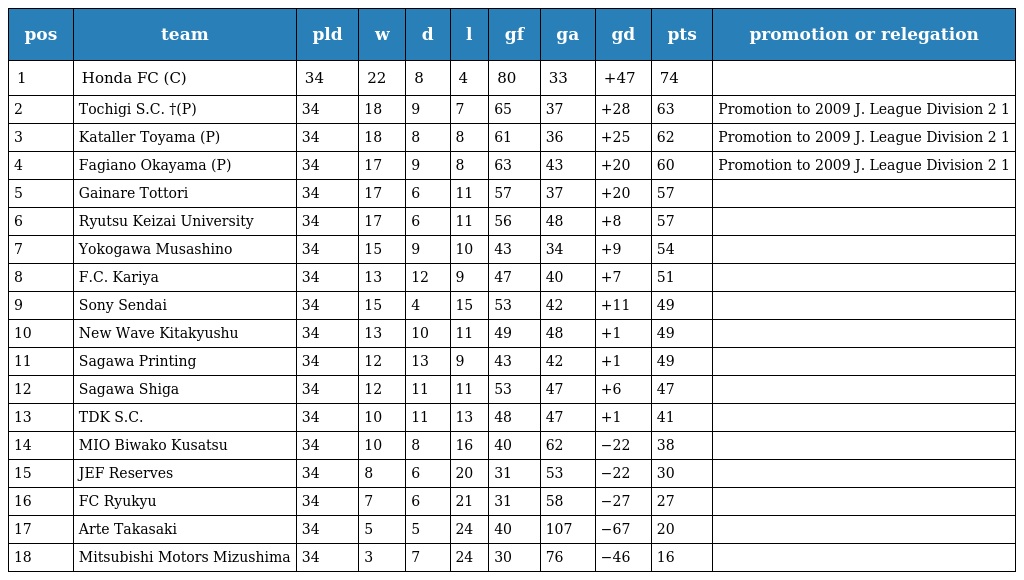
| pos | team | pld | w | d | l | gf | ga | gd | pts | promotion or relegation |
 | --- | --- | --- | --- | --- | --- | --- | --- | --- | --- | --- |
 | 1 | Honda FC (C) | 34 | 22 | 8 | 4 | 80 | 33 | +47 | 74 |  |
 | 2 | Tochigi S.C. †(P) | 34 | 18 | 9 | 7 | 65 | 37 | +28 | 63 | Promotion to 2009 J. League Division 2 1 |
 | 3 | Kataller Toyama (P) | 34 | 18 | 8 | 8 | 61 | 36 | +25 | 62 | Promotion to 2009 J. League Division 2 1 |
 | 4 | Fagiano Okayama (P) | 34 | 17 | 9 | 8 | 63 | 43 | +20 | 60 | Promotion to 2009 J. League Division 2 1 |
 | 5 | Gainare Tottori | 34 | 17 | 6 | 11 | 57 | 37 | +20 | 57 |  |
 | 6 | Ryutsu Keizai University | 34 | 17 | 6 | 11 | 56 | 48 | +8 | 57 |  |
 | 7 | Yokogawa Musashino | 34 | 15 | 9 | 10 | 43 | 34 | +9 | 54 |  |
 | 8 | F.C. Kariya | 34 | 13 | 12 | 9 | 47 | 40 | +7 | 51 |  |
 | 9 | Sony Sendai | 34 | 15 | 4 | 15 | 53 | 42 | +11 | 49 |  |
 | 10 | New Wave Kitakyushu | 34 | 13 | 10 | 11 | 49 | 48 | +1 | 49 |  |
 | 11 | Sagawa Printing | 34 | 12 | 13 | 9 | 43 | 42 | +1 | 49 |  |
 | 12 | Sagawa Shiga | 34 | 12 | 11 | 11 | 53 | 47 | +6 | 47 |  |
 | 13 | TDK S.C. | 34 | 10 | 11 | 13 | 48 | 47 | +1 | 41 |  |
 | 14 | MIO Biwako Kusatsu | 34 | 10 | 8 | 16 | 40 | 62 | −22 | 38 |  |
 | 15 | JEF Reserves | 34 | 8 | 6 | 20 | 31 | 53 | −22 | 30 |  |
 | 16 | FC Ryukyu | 34 | 7 | 6 | 21 | 31 | 58 | −27 | 27 |  |
 | 17 | Arte Takasaki | 34 | 5 | 5 | 24 | 40 | 107 | −67 | 20 |  |
 | 18 | Mitsubishi Motors Mizushima | 34 | 3 | 7 | 24 | 30 | 76 | −46 | 16 |  |